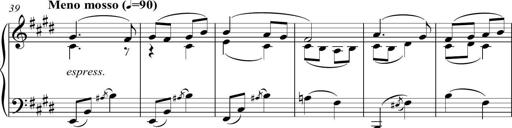
Title: Sonatina del HuÃ©car
Composer: JosÃ© Miguel Moreno Sabio